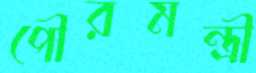
পৌরমন্ত্রী